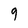
Character: 9